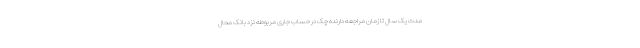
مدت یک سال تا زمان مراجعه دارنده چک در حساب جاری مربوطه نزد بانک محال